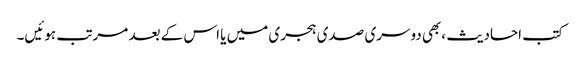
کتب احادیث ،بھی دوسری صدی ہجری میں یا اس کے بعد مرتب ہوئیں۔